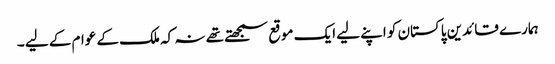
ہمارے قائدین پاکستان کو اپنے لیے ایک موقع سمجھتے تھے نہ کہ ملک کے عوام کے لیے ۔